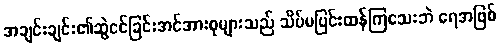
အချင်းချင်း၏ဆွဲငင်ခြင်းအင်အားစုများသည် သိပ်မပြင်းထန်ကြသေးဘဲ ရေအဖြစ်